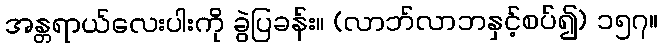
အန္တရာယ်လေးပါးကို ခွဲပြခန်း။ (လာဘ်လာဘနှင့်စပ်၍) ၁၅၇။